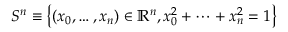
S ^ { n } \equiv \left\{ ( x _ { 0 } , \dots , x _ { n } ) \in \mathbb { R } ^ { n } , x _ { 0 } ^ { 2 } + \dots + x _ { n } ^ { 2 } = 1 \right\}